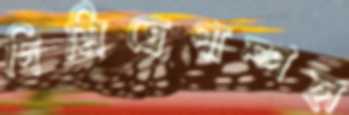
দিমিত্রেপাম্পহা